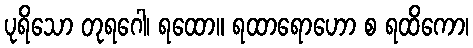
ပုရိသော တုရဂေါ၊ ရထော။ ရထာရောဟော စ ရထိကော၊